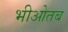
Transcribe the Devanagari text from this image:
भीओतब